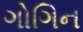
ગોગિન